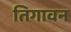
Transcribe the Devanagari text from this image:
तिगावन